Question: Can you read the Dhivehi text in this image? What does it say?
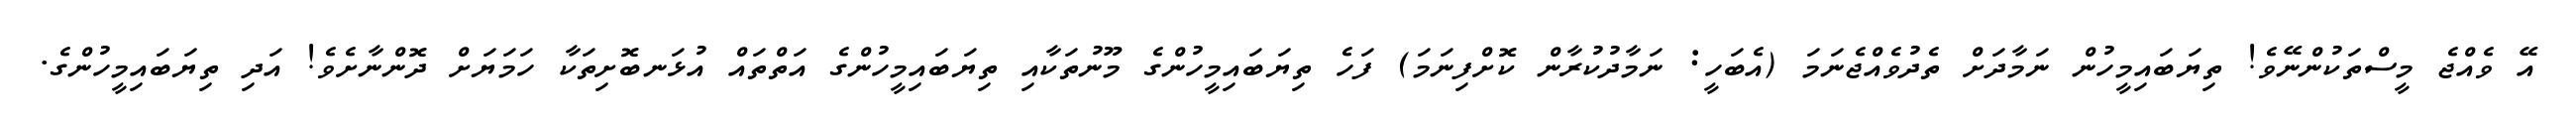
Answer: އޭ ވެއްޖެ މީސްތަކުންނޭވެ! ތިޔަބައިމީހުން ނަމާދަށް ތެދުވެއްޖެނަމަ (އެބަހީ: ނަމާދުކުރާން ކޮށްފިނަމަ) ފަހެ ތިޔަބައިމީހުންގެ މޫނުތަކާއި ތިޔަބައިމީހުންގެ އަތްތައް އުޅަނބޮށިތަކާ ހަމަޔަށް ދޮންނާށެވެ! އަދި ތިޔަބައިމީހުންގެ.